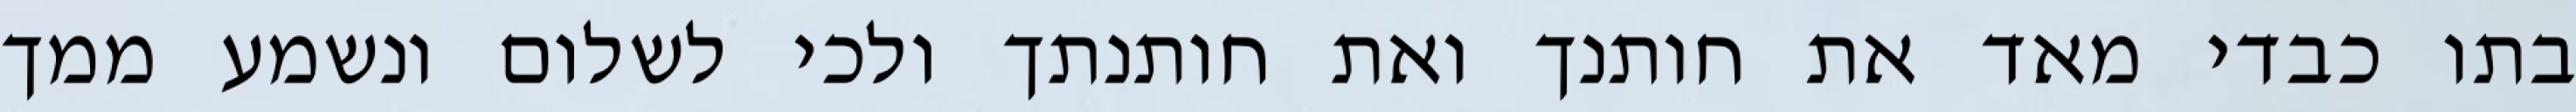
בתו כבדי מאד את חותנך ואת חותנתך ולכי לשלום ונשמע ממך